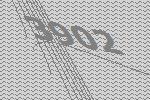
3902